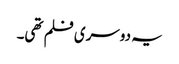
یہ دوسری فلم تھی۔